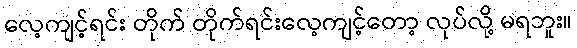
လေ့ကျင့်ရင်း တိုက် တိုက်ရင်းလေ့ကျင့်တော့ လုပ်လို့ မရဘူး။